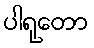
ပါရုတော